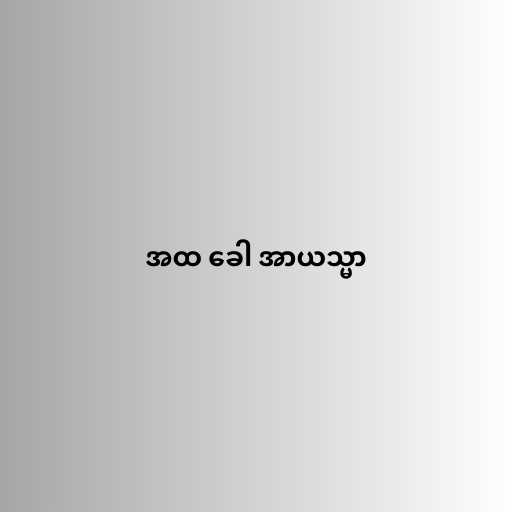
အထ ခေါ အာယသ္မာ